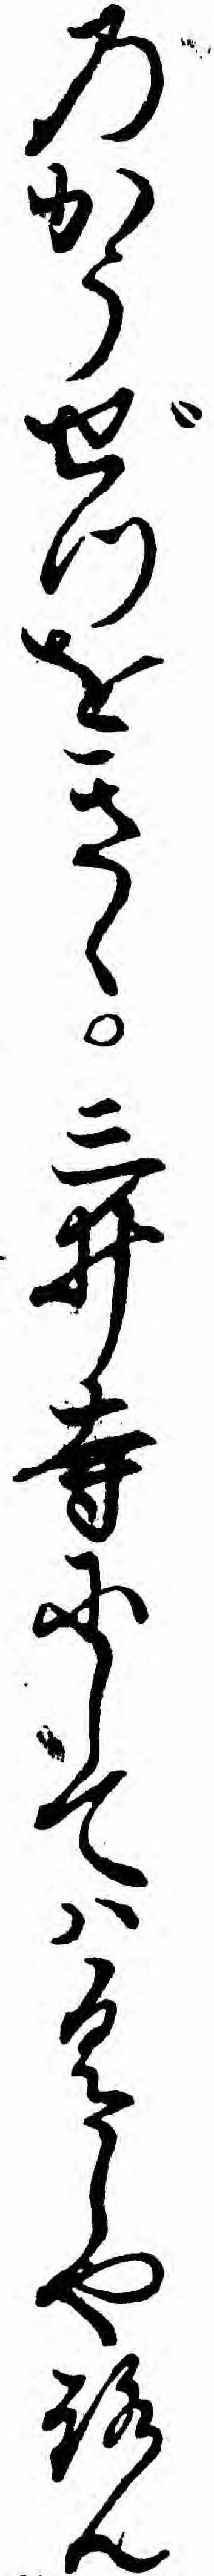
のかうぜつをきゝ三井寺にしてハくしやろん